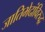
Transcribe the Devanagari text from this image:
जातिभेदांविरुद्ध